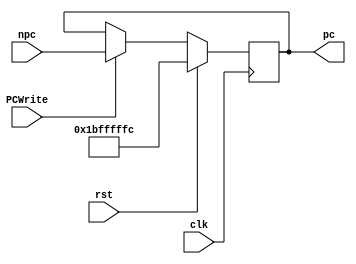
`timescale 1ns / 1ps
//////////////////////////////////////////////////////////////////////////////////
// Company: 
// Engineer: 
// 
// Design Name: 
// Module Name: PC
// Project Name: 
// Target Devices: 
// Tool Versions: 
// Description: 
// 
// Dependencies: 
// 
// Revision:
// Revision 0.01 - File Created
// Additional Comments:
// 
//////////////////////////////////////////////////////////////////////////////////


module PC(
    input                       clk,
    input                       rst,
    input                       PCWrite,
    input           [31: 0]     npc,
    output reg      [31: 0]     pc
);
    always @(posedge clk) begin
        if(rst)
            pc <= 32'h1bfffffc;
        else if(PCWrite)
            pc <= npc;
        else
            pc <= pc;
    end

endmodule